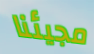
مجيئنا